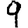
Digit: 9